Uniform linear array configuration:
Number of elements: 32
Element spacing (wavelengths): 0.75
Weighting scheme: exponential
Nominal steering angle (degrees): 0
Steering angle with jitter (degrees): -1.419
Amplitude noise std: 0.05
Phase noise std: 0.05

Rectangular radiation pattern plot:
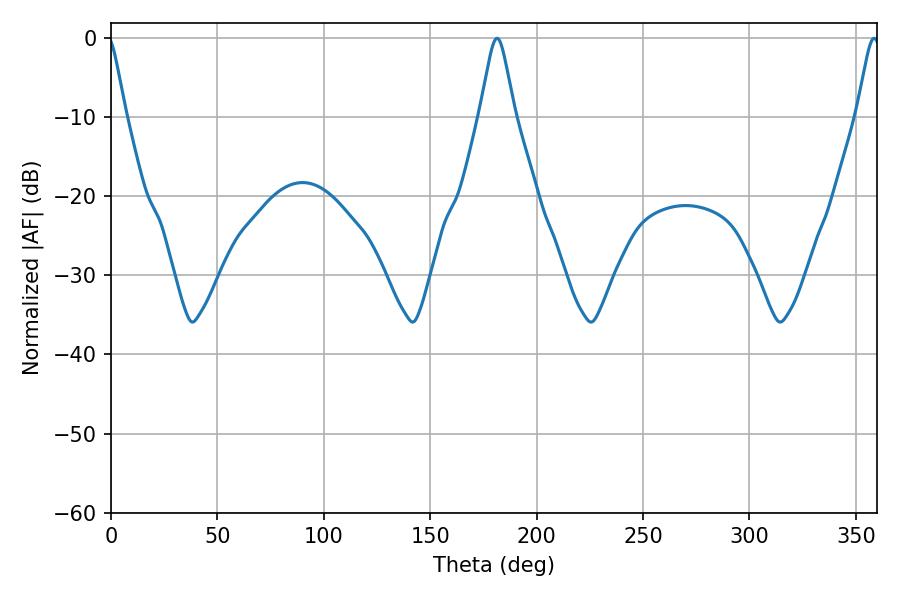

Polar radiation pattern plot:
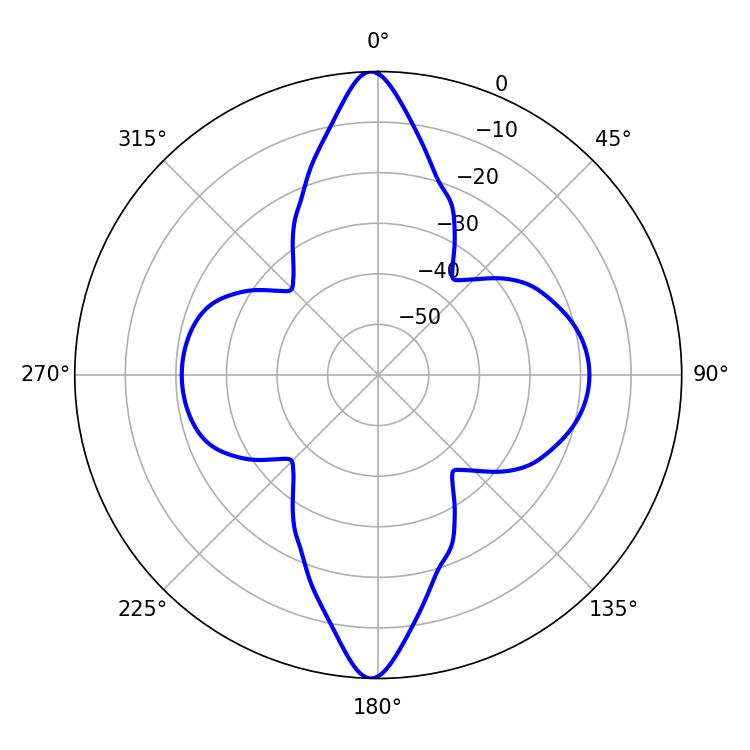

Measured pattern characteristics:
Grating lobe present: TRUE
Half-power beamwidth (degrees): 7.74
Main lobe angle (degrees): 181.44